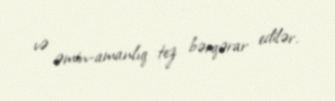
və əmin-amanlıq tez bərqərar edilər.